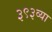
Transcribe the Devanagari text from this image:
३९३व्या